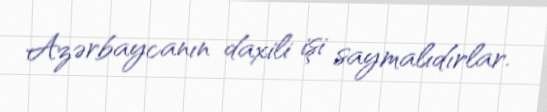
Azərbaycanın daxili işi saymalıdırlar.